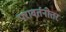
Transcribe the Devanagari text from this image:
परावर्तनोत्तर